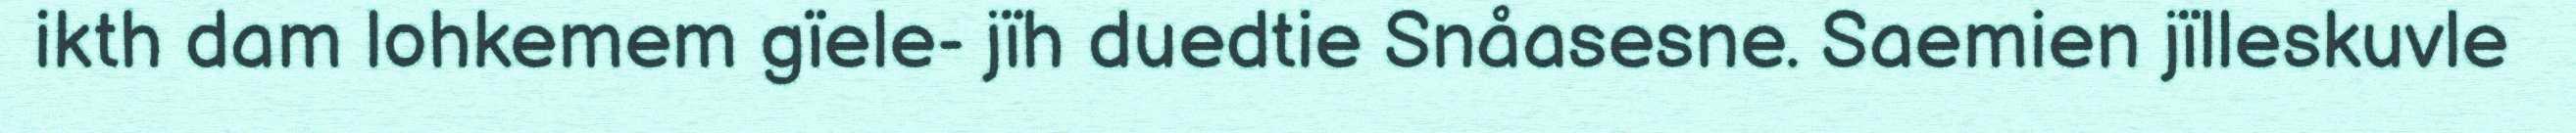
ikth dam lohkemem gïele- jïh duedtie Snåasesne. Saemien jïlleskuvle